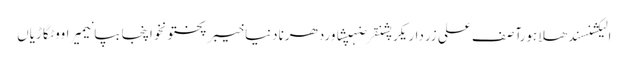
الیکشنسندھلاہورآصف علی زرداریکرپشنقرضہپشاوردھرنادنیاخیبرپختونخواپنجابپانیمیراووٹگاڑیاں